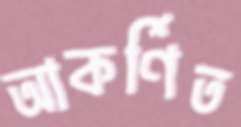
আকর্ণিত